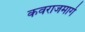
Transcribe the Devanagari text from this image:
कवराजमार्ग